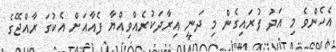
އެހެންވެ މި އަދު ފުރައިގެން މި ދަނީ އިރާދަކުރެއްވިއްޔާ ފެއާއަށް އެކުގަ ރާއްޖޭގެ